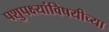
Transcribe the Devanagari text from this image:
पशुपक्ष्यांविषयीच्या